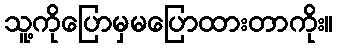
သူ့ကိုပြောမှမပြောထားတာကိုး။